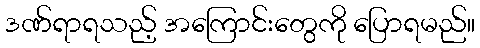
ဒဏ်ရာရသည့် အကြောင်းတွေကို ပြောရမည်။